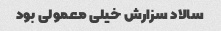
سالاد سزارش خیلی معمولی بود